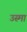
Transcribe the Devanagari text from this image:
उस्मा